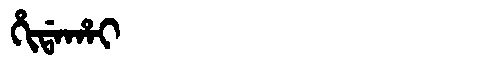
Manchu: ᡥᡳᡩᠠᡥᠠᡳ
Romanization: HIDAHAI